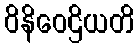
ဝိနိဝေဌိယတိ